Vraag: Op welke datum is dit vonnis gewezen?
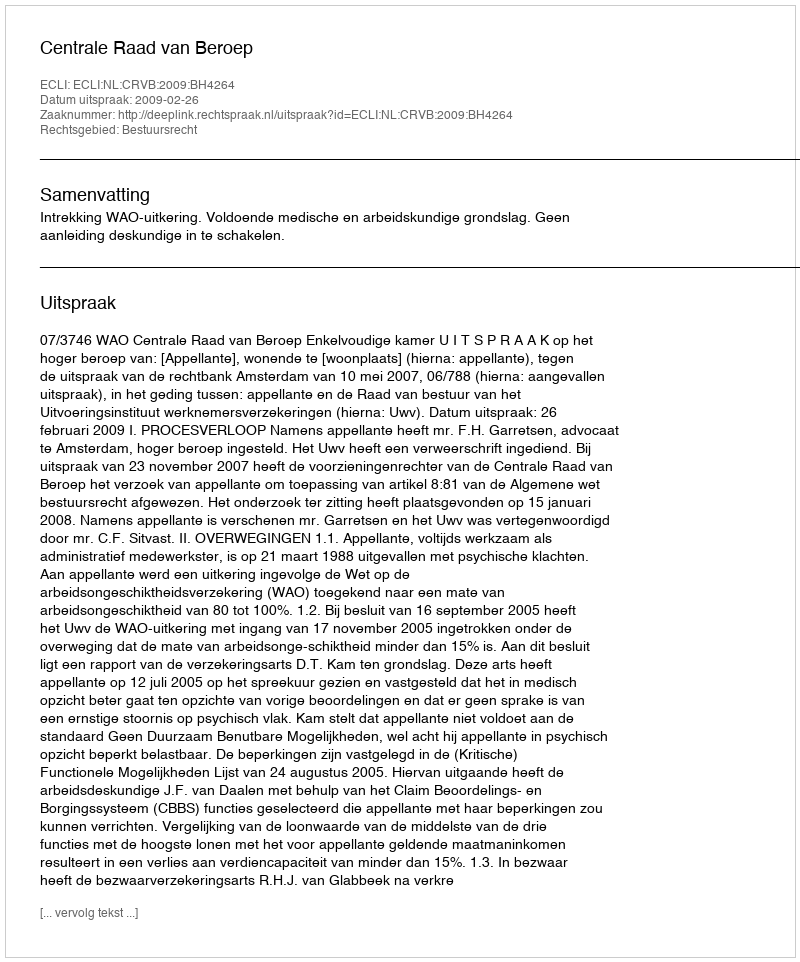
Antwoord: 2009-02-26